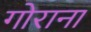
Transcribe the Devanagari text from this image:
गोराना